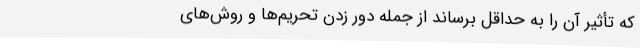
که تأثیر آن را به حداقل برساند از جمله دور زدن تحریم‌ها و روش‌های